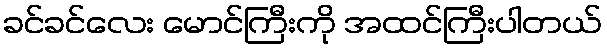
ခင်ခင်လေး မောင်ကြီးကို အထင်ကြီးပါတယ်